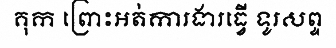
គុក ព្រោះអត់ការងារធ្វើ ទូរសព្ទ